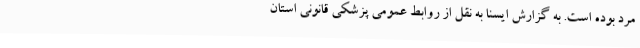
مرد بوده است. به گزارش ایسنا به نقل از روابط عمومی پزشکی قانونی استان